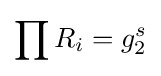
\prod R_{i}=g_{2}^{s}